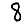
Digit: 8